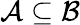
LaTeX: {\mathcal{A}}\subseteq{\mathcal{B}}